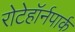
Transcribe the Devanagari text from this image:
रोटेहॉर्नपार्क